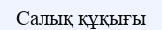
Салық құқығы